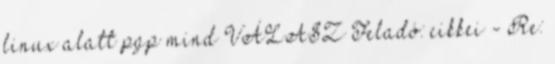
linux alatt pgp mind VÁLASZ Feladó: cikkei - Re: